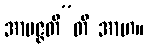
အာပဇ္ဇတီ”တိ အာဟ။